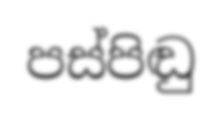
පස්පිඬු